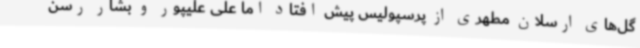
گل‌های ارسلان مطهری از پرسپولیس پیش افتاد اما علی علیپور و بشار رسن